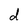
Character: d